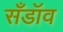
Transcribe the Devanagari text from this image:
सँडॉव